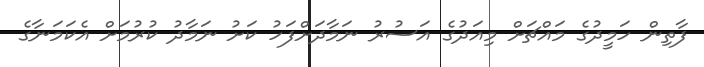
ފާތިން ހަމީދުގެ މައްޗަށް މިއަދުގެ އަސުރު ނަމާދަށްފަހު ކަށު ނަމާދު ކުރުމަށް އެކަމަނާގެ